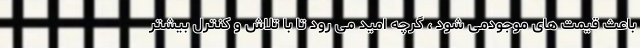
باعث قیمت های موجودمی شود ، گرچه امید می رود تا با تلاش و کنترل بیشتر